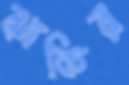
ঝাকির